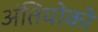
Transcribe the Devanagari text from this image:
अंतियोको